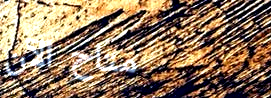
متاح الآن